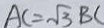
A C = \sqrt { 3 } B C